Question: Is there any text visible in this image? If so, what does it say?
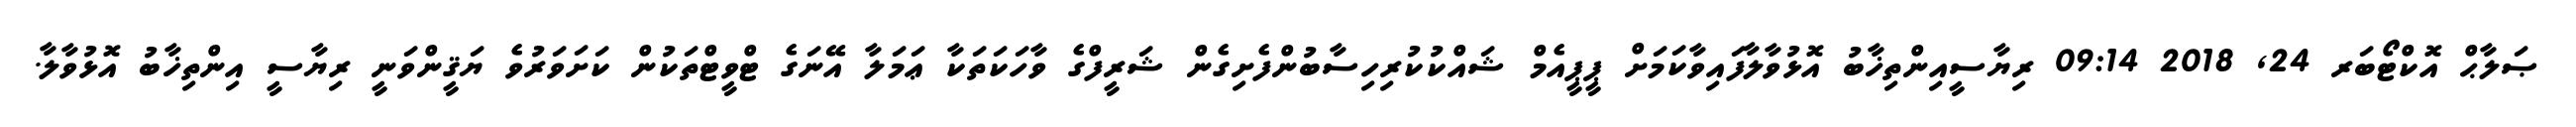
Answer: ޞަލާޙް އޮކްޓޯބަރ 24, 2018 09:14 ރިޔާސީއިންތިޚާބު އޮޅުވާލާފައިވާކަމަށް ޕީޕީއެމް ޝައްކުކުރިހިސާބުންފެށިގެން ޝަރީފްގެ ވާހަކަތަކާ ޢަމަލާ އޭނަގެ ޓްވީޓްތަކުން ކަށަވަރުވެ ޔަޤީންވަނީ ރިޔާސީ އިންތިޚާބު އޮޅުވާލާ.